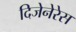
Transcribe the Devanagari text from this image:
दिजेनेरेस